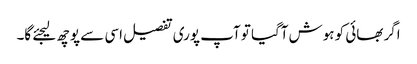
اگر بھائی کو ہوش آگیا تو آپ پوری تفصیل اسی سے پوچھ لیجئے گا۔